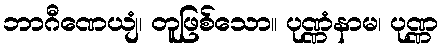
ဘာဂီဏေယျံ၊ တူဖြစ်သော။ ပုဏ္ဏံနာမ၊ ပုဏ္ဏ